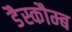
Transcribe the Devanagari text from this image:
डैस्कौम्ब